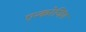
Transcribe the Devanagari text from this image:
एन्करेजिंग